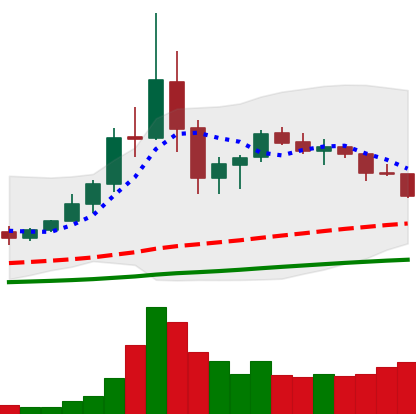
Ticker: TRX-USD
Chart end date: 2020-09-15
Forward return: -3.355%
Label: down_3_5